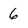
Character: 6